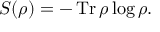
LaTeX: S ( \rho ) = - \operatorname { T r } \rho \log \rho .